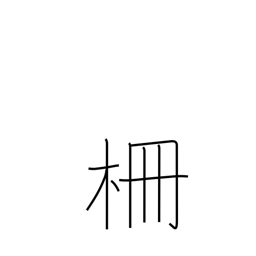
Meaning: stockade